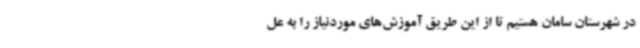
در شهرستان سامان هستیم تا از این طریق آموزش‌های موردنیاز را به عل